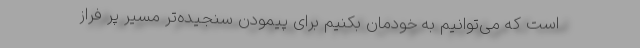
است که می‌توانیم به خودمان بکنیم برای پیمودنِ سنجیده‌تر مسیر پر فراز